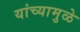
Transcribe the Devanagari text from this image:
यांच्‍यामुळे